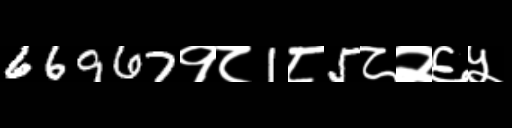
Text: 66967१८1८5८२६५